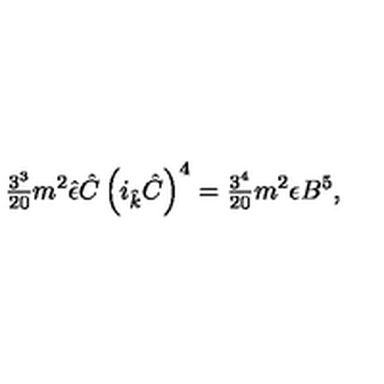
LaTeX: { \textstyle \frac { 3 ^ { 3 } } { 2 0 } } m ^ { 2 } \hat { \epsilon } \hat { C } \left( i _ { \hat { k } } \hat { C } \right) ^ { 4 } = { \textstyle \frac { 3 ^ { 4 } } { 2 0 } } m ^ { 2 } \epsilon B ^ { 5 } ,